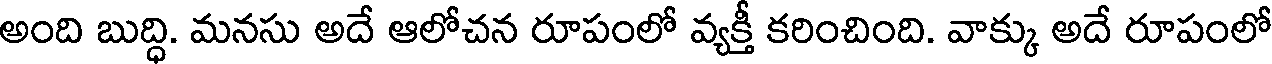
అంది బుద్ధి. మనసు అదే ఆలోచన రూపంలో వ్యక్తీ కరించింది. వాక్కు అదే రూపంలో